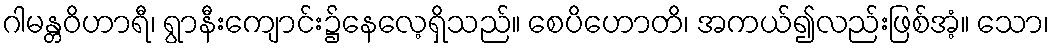
ဂါမန္တဝိဟာရီ၊ ရွာနီးကျောင်း၌နေလေ့ရှိသည်။ စေပိဟောတိ၊ အကယ်၍လည်းဖြစ်အံ့။ သော၊